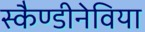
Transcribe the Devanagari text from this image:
स्कैण्डीनेविया